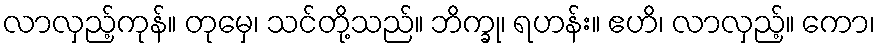
လာလှည့်ကုန်။ တုမှေ၊ သင်တို့သည်။ ဘိက္ခု၊ ရဟန်း။ ဧဟိ၊ လာလှည့်။ ကော၊